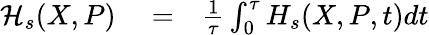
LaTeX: \begin{array}{rlr}{\mathcal{H}_{s}(X,P)}&{{}=}&{\frac{1}{\tau}\int_{0}^{\tau}H_{s}(X,P,t)dt}\end{array}